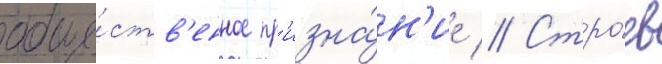
обще́ств'енное пр'изна́н'ие // Стро́ев